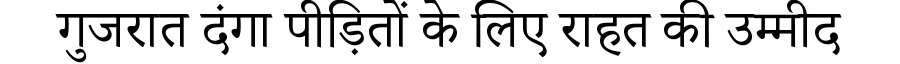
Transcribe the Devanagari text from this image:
गुजरात दंगा पीड़ितों के लिए राहत की उम्मीद